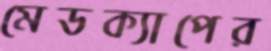
মেডক্যাপের